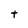
Character: t